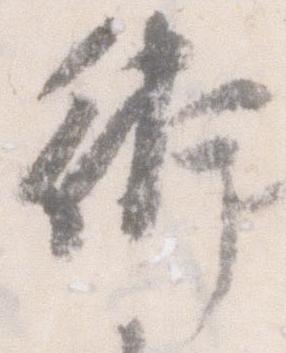
術